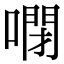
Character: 𠻻